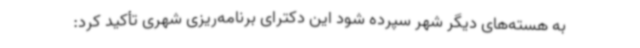
به هسته‌های دیگر شهر سپرده شود این دکترای برنامه‌ریزی شهری تأکید کرد: